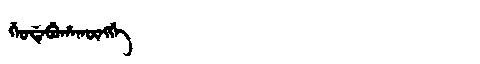
Manchu: ᡤᡝᠣᡩᡝᠪᡠᡥᠠᡴᡡᠩᡤᡝ
Romanization: GEODEBUHAKŪNGGE